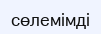
сөлемімді